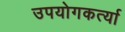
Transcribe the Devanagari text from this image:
उपयोगकर्त्या